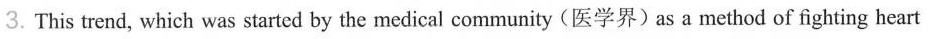
3.This trend, which was started by the medical community (医学界)as a method of fighting heart